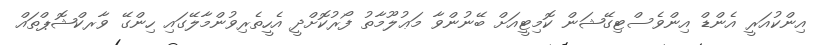
އިންކުއަރީ އެންޑް އިންވެސްޓިގޭޝަން ކޮމިޓީއަށް ބޭނުންވާ މަޢުލޫމާތު ފޯރުކޮށްދީ އެހީތެރިވުންމާލޭގައި ހިންގޭ ވާރކްޝޮޕްތައް